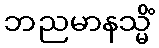
ဘညမာနသ္မိံ